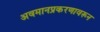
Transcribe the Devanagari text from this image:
अवमानप्रकरणावरून